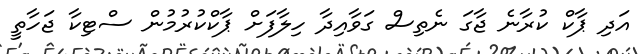
އަދި ޕާކް ކުރާނެ ޖާގަ ނެތިސް ގަވާއިދާ ހިލާފަށް ޕާކްކުރުމުން ސްޓިކާ ޖަހާތީ